Indian journal of veterinary science and animal husbandry - Volumes 15-17, 1948-1951
Year: 1948
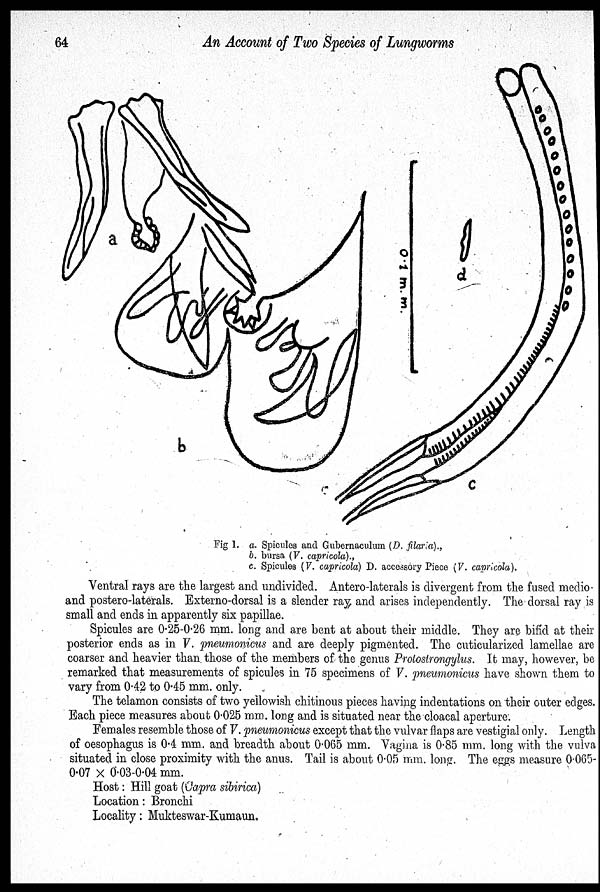
64
An Account of Two Species of Lungworms
Fig 1. a. Spicules and Gubernaculum (D. filaria).,
b. bursa (V. capricola).,
c. Spicules (V. capricola) D. accessory Piece (V. capricola).
Ventral rays are the largest and undivided. Antero-laterals is divergent from the fused medio
and postero-laterals. Externo-dorsal is a slender ray, and arises independently. The dorsal ray is
small and ends in apparently six papillae.
Spicules are 0.25-0.26 mm. long and are bent at about their middle. They are bifid at their
posterior ends as in V. pneumonicus and are deeply pigmented. The cuticularized lamellae are
coarser and heavier than those of the members of the genus Protostrongylus. It may, however, be
remarked that measurements of spicules in 75 specimens of V. pneumonicus have shown them to
vary from 0.42 to 0.45 mm. only.
The telamon consists of two yellowish chitinous pieces having indentations on their outer edges.
Each piece measures about 0.025 mm. long and is situated near the cloacal aperture.
Females resemble those of V. pneumonicus except that the vulvar flaps are vestigial only. Length
of oesophagus is 0.4 mm, and breadth about 0.065 mm. Vagina is 0.85 mm. long with the vulva
situated in close proximity with the anus. Tail is about 0.05 mm. long. The eggs measure 0.065-
0.07 × 0.03-0.04 mm.
Host: Hill goat (Capra sibirica)
Location: Bronchi
Locality: Mukteswar-Kumaun,